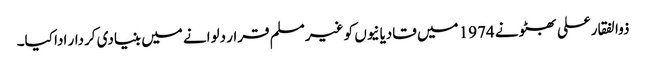
ذوالفقارعلی بھٹو نے 1974 میں قادیانیوں کو غیر مسلم قرار دلوانے میں بنیادی کردار ادا کیا۔